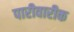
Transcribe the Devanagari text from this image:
पारीवारीक